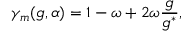
\gamma _ { m } ( g , \alpha ) = 1 - \omega + 2 \omega \frac { g } { g ^ { * } } ,